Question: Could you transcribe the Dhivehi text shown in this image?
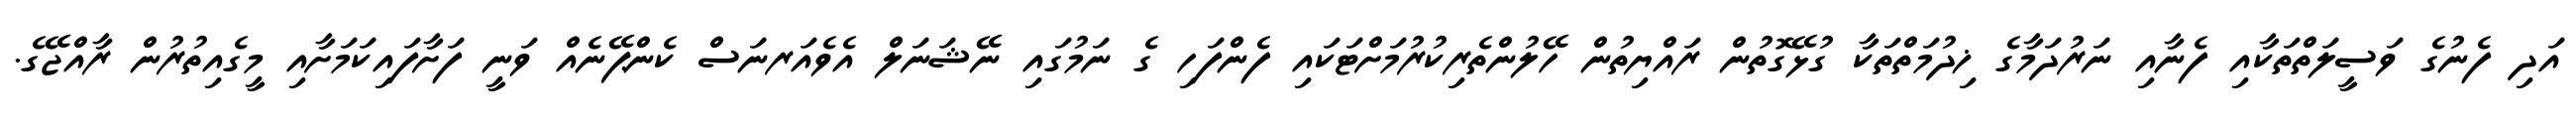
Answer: އަދި ފެނުގެ ވަސީލަތްތަކާއި ފެނާއި ނަރުދަމާގެ ޚިދުމަތްތަކާ ގުޅޭގޮތުން ރައްޔިތުން ހޭލުންތެރިކުރުމަށްޓަކައި ފެންފަހި ގެ ނަމުގައި ނޭޝަނަލް އެވެއަރނަސް ކެންޕޭނެއް ވަނީ ފަށާފައިކަމަށާއި މީގެއިތުރުން ރާއްޖޭގެ.